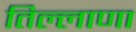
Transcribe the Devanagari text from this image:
तिल्लाणा